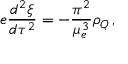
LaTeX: e \frac { d ^ { 2 } \xi } { d \tau ^ { 2 } } = - \frac { \pi ^ { 2 } } { \mu _ { e } ^ { 3 } } \rho _ { Q } \, ,